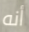
أنه